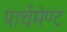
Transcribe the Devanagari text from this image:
पार्चमेण्ट